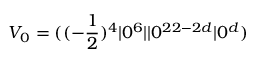
V _ { 0 } = ( ( - { \frac { 1 } { 2 } } ) ^ { 4 } \vert 0 ^ { 6 } \vert \vert 0 ^ { 2 2 - 2 d } \vert 0 ^ { d } )